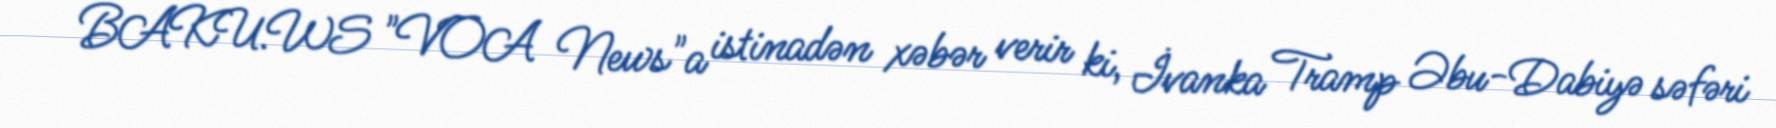
BAKU.WS "VOA News"a istinadən xəbər verir ki, İvanka Tramp Əbu-Dabiyə səfəri